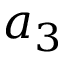
a _ { 3 }